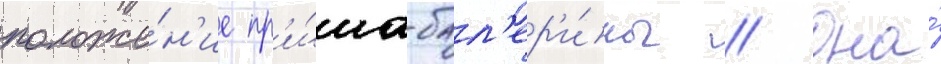
положе́н'ие пр'и́ма-бал'ер'и́ны // Она́